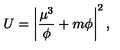
U = \left| \frac { \mu ^ { 3 } } { \phi } + m \phi \right| ^ { 2 } ,